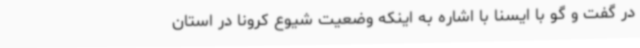
در گفت و گو با ایسنا با اشاره به اینکه وضعیت شیوع کرونا در استان